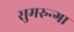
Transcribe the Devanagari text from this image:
सुमरुन्गा